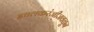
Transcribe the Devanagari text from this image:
इचलकरंजीजवळून